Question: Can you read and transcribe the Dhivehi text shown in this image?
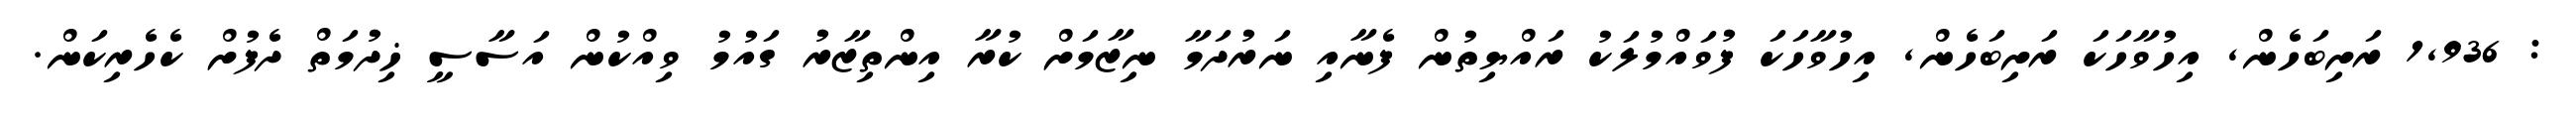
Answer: : 1,936 ރަށިބަހެން, އިހުވާހަކަ ރަށިބަހެން, އިހުވާހަކަ ފުވައްމުލަކު ރައްޔިތުން ފެނާއި ނަރުދަމާ ނިޒާމަށް ކުރާ އިންތިޒާރު ގައުމު ވިއްކުން އަސާސީ ޚިދުމަތް ދެފުށް ކެހެރިކަން.